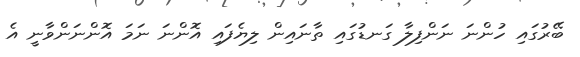
ބޭރުގައި ހުންނަ ނަންފިލާ ގަނޑުގައި ތާނައިން ލިޔެފައި އޮންނަ ނަމަ އޮންނަންވާނީ އެ